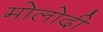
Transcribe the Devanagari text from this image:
मोलोदी